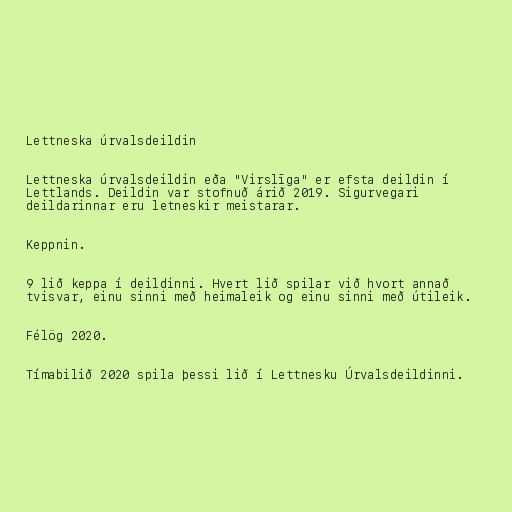
Lettneska úrvalsdeildin

Lettneska úrvalsdeildin eða "Virslīga" er efsta deildin í
Lettlands. Deildin var stofnuð árið 2019. Sigurvegari
deildarinnar eru letneskir meistarar.

Keppnin.

9 lið keppa í deildinni. Hvert lið spilar við hvort annað
tvisvar, einu sinni með heimaleik og einu sinni með útileik.

Félög 2020.

Tímabilið 2020 spila þessi lið í Lettnesku Úrvalsdeildinni.